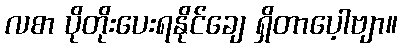
လစာ ပိုတိုးပေးရနိုင်ချေ ရှိတာပေ့ါဗျာ။